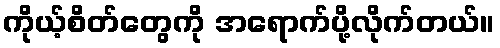
ကိုယ့်စိတ်တွေကို အရောက်ပို့လိုက်တယ်။